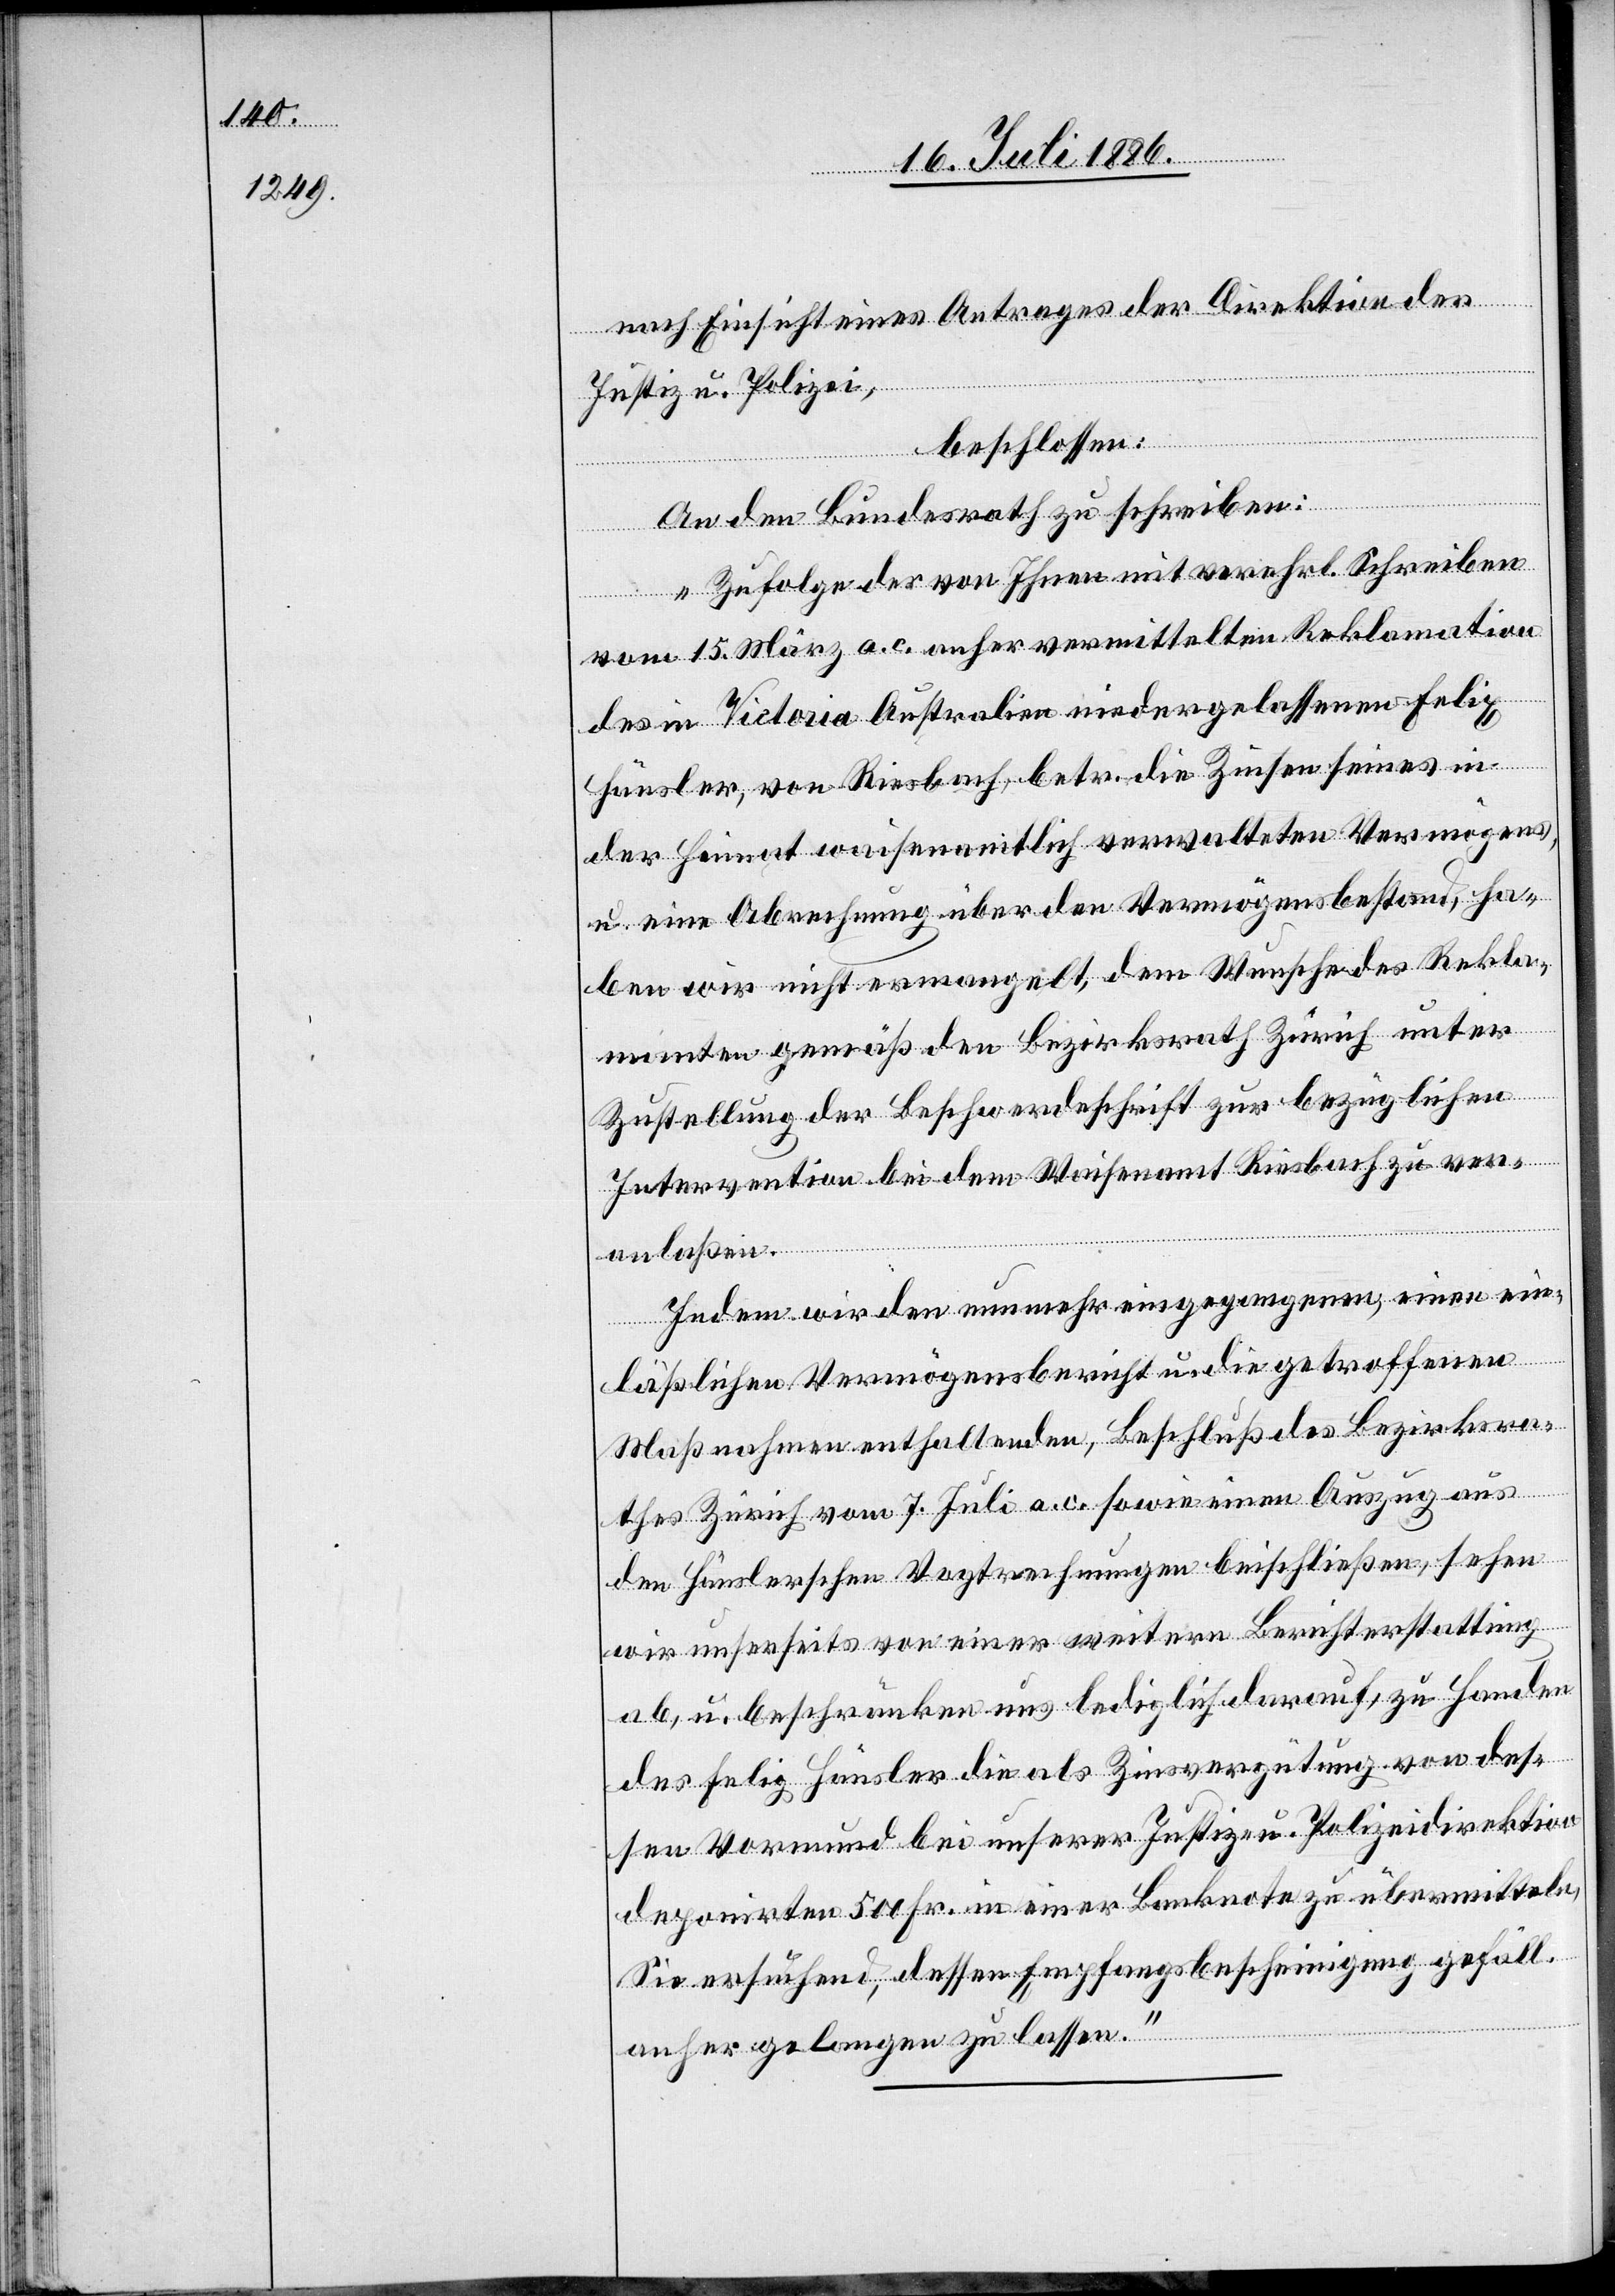
nach Einsicht eines Antrages der Direktion der
Justiz u. Polizei,
beschlossen:
An den Bundesrath zu schreiben:
„Zufolge der von Ihnen mit verehrl. Schreiben
vom 15. März a. c. anher vermittelten Reklamation
des in Victoria Australien niedergelassenen Felix
Häusler, von Riesbach, betr. die Zinsen seines in
der Heimat waisenamtlich verwalteten Vermögens,
u. eine Abrechnung über den Vermögensbestand, ha¬
ben wir nicht ermangelt, dem Wunsche des Rekla¬
manten gemäß den Bezirksrath Zürich unter
Zustellung der Beschwerdeschrift zur bezüglichen
Intervention bei dem Waisenamt Riesbach zu ver¬
anlaßen.
Indem wir den nunmehr eingegangenen, einen ein¬
läßlichen Vermögensbericht u. die getroffenen
Maßnahmen enthaltenden, Beschluß des Bezirksra¬
thes Zürich vom 7. Juli a. c. sowie einen Auszug aus
den Häuslerschen Vogtrechnungen beischließen, sehen
wir unserseits von einer weitern Berichterstattung
ab, u. beschränken uns lediglich darauf, zu Handen
des Felix Häusler die als Zinsvergütung von des¬
sen Vormund bei unserer Justiz- u. Polizeidirektion
deponirten 500 Fr. in einer Banknote zu übermitteln,
Sie ersuchend, dessen Empfangsbescheinigung gefäll.
anher gelangen zu lassen.“